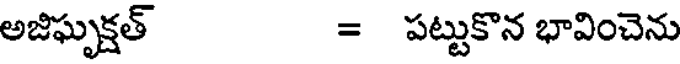
అజిఘృక్షత్ = పట్టుకొన భావించెను